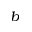
^ { b }